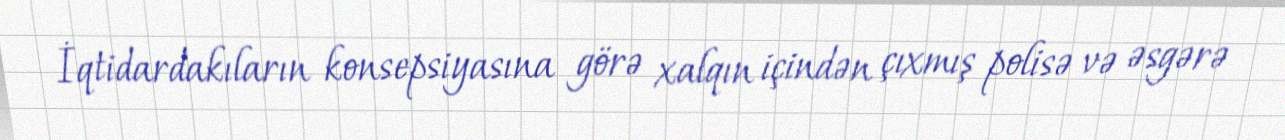
İqtidardakıların konsepsiyasına görə xalqın içindən çıxmış polisə və əsgərə